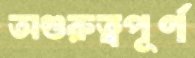
অগুরুত্বপূর্ণ